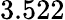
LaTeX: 3.522